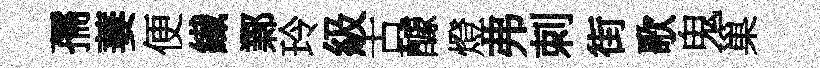
孺萋便纎鄴玲級古醵燈弗刺街歌鬼巢